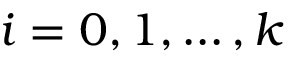
i = 0 , 1 , \ldots , k